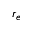
r _ { e }